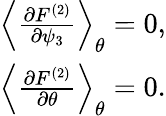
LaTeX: \begin{array}{r}{\left<{\frac{\partial F^{(2)}}{\partial\psi_{3}}}\right>_{\theta}=0,}\\ {\left<{\frac{\partial F^{(2)}}{\partial\theta}}\right>_{\theta}=0.}\end{array}